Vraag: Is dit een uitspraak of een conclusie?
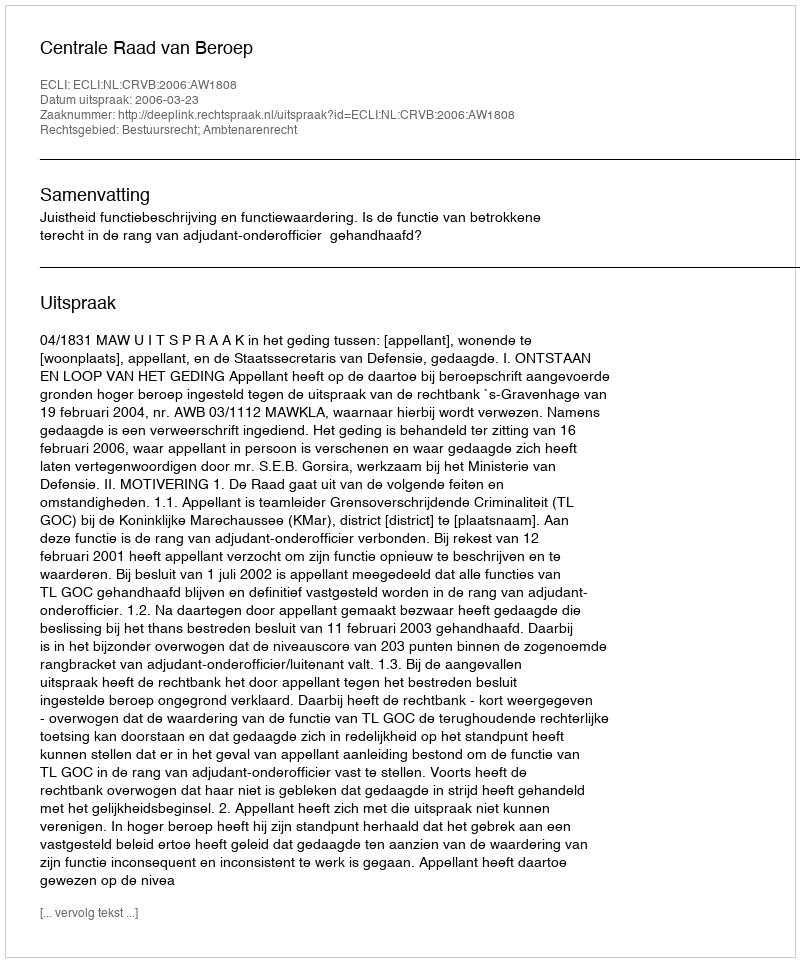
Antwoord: Uitspraak